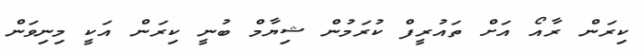
ކިރަން ރާއޯ އަށް ތައުރީފް ކުރަމުން ޝިޔާމް ބުނީ ކިރަން އަކީ މިނިވަން